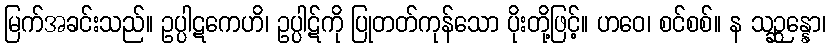
မြက်အခင်းသည်။ ဥပ္ပါဋကေဟိ၊ ဥပ္ပါဋ်ကို ပြုတတ်ကုန်သော ပိုးတို့ဖြင့်။ ဟဝေ၊ စင်စစ်။ န သဉ္ဆန္နော၊